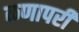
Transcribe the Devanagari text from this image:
कणापरी